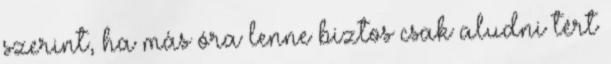
szerint, ha más óra lenne biztos csak aludni tért